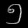
Digit: ၅